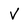
Character: V